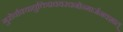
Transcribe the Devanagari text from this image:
गुरोर्वाक्याद्युक्तिप्रचयरचनोन्मार्जनवशात्